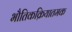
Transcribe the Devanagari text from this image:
भौतिकक्रियातमक